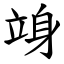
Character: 竧